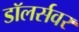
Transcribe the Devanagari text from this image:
डॉलर्सवर